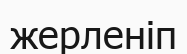
жерленіп